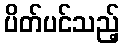
ပိတ်ပင်သည့်